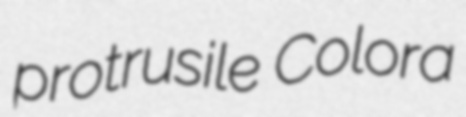
protrusile Colora